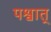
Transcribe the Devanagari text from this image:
पश्वात्